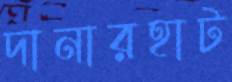
দানারহাট